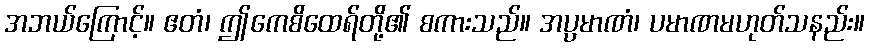
အဘယ်ကြောင့်။ ဧတံ၊ ဤကေစိထေရ်တို့၏ စကားသည်။ အပ္ပမာဏံ၊ ပမာဏမဟုတ်သနည်း။